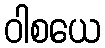
ဝါစယေ